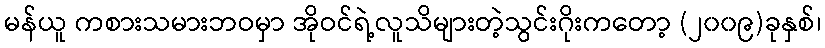
မန်ယူ ကစားသမားဘဝမှာ အိုဝင်ရဲ့လူသိများတဲ့သွင်းဂိုးကတော့ (၂၀၀၉)ခုနှစ်၊